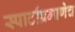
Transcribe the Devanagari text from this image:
स्पार्टाप्रमाणेच